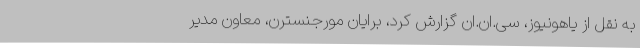
به نقل از یاهونیوز، سی.ان.ان گزارش کرد، برایان مورجنسترن، معاون مدیر